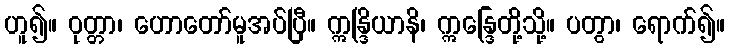
ဟူ၍။ ဝုတ္တာ၊ ဟောတော်မူအပ်ပြီ။ ဣန္ဒြိယာနိ၊ ဣန္ဒြေတို့သို့။ ပတွာ၊ ရောက်၍။